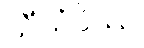
သီသံပိဿ